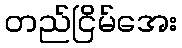
တည်ငြိမ်အေး